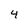
Character: 4